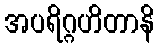
အပရိဂ္ဂဟိတာနိ